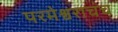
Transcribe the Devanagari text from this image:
परमेश्वराचंच